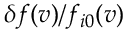
\delta f ( \boldsymbol { v } ) / f _ { i 0 } ( \boldsymbol { v } )